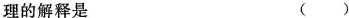
理的解释是 ()